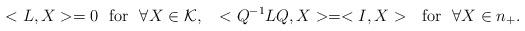
LaTeX: \begin{align*}<L,X>=0~~\mbox{for}~~\forall X\in {\cal K},~~<Q^{-1}LQ,X>=<I,X>~~\mbox{for}~~\forall X\in n_+.\end{align*}